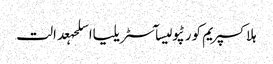
ہلاکسپریم کورٹپولیسآسٹریلیااسلحہعدالت